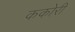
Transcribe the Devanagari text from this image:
ककोरी